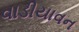
વાડીયાવન